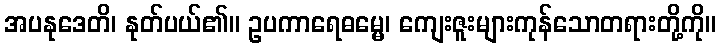
အပနုဒေတိ၊ နုတ်ပယ်၏။ ဥပကာရေဓမ္မေ၊ ကျေးဇူးများကုန်သောတရားတို့ကို။